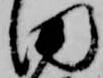
田